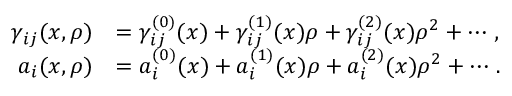
\begin{array} { r l } { \gamma _ { i j } ( x , \rho ) } & { = \gamma _ { i j } ^ { ( 0 ) } ( x ) + \gamma _ { i j } ^ { ( 1 ) } ( x ) \rho + \gamma _ { i j } ^ { ( 2 ) } ( x ) \rho ^ { 2 } + \cdots \, , } \\ { a _ { i } ( x , \rho ) } & { = a _ { i } ^ { ( 0 ) } ( x ) + a _ { i } ^ { ( 1 ) } ( x ) \rho + a _ { i } ^ { ( 2 ) } ( x ) \rho ^ { 2 } + \cdots \, . } \end{array}